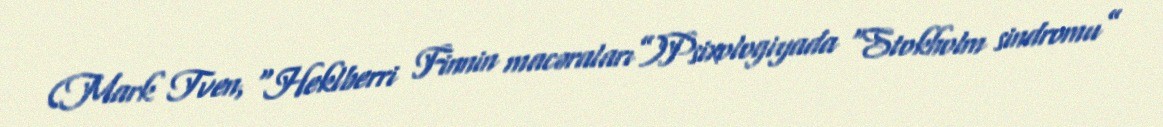
(Mark Tven, “Heklberri Finnin macəraları”)Psixologiyada “Stokholm sindromu”